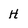
Character: H